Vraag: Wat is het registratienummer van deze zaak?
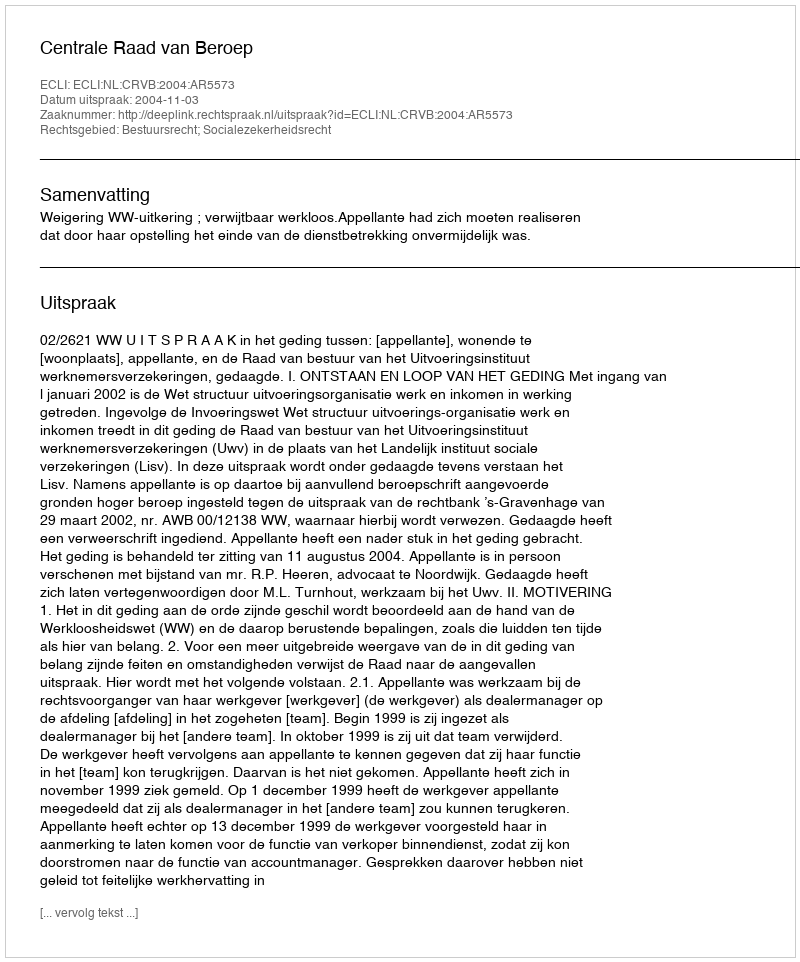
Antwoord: http://deeplink.rechtspraak.nl/uitspraak?id=ECLI:NL:CRVB:2004:AR5573